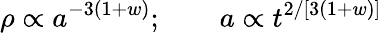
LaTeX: \rho\propto a^{-3(1+w)};\qquad a\propto t^{2/[3(1+w)]}